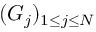
( G _ { j } ) _ { 1 \leq j \leq N }